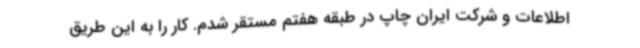
اطلاعات و شرکت ایران چاپ در طبقه هفتم مستقر شدم. کار را به این طریق